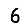
Digit: 6